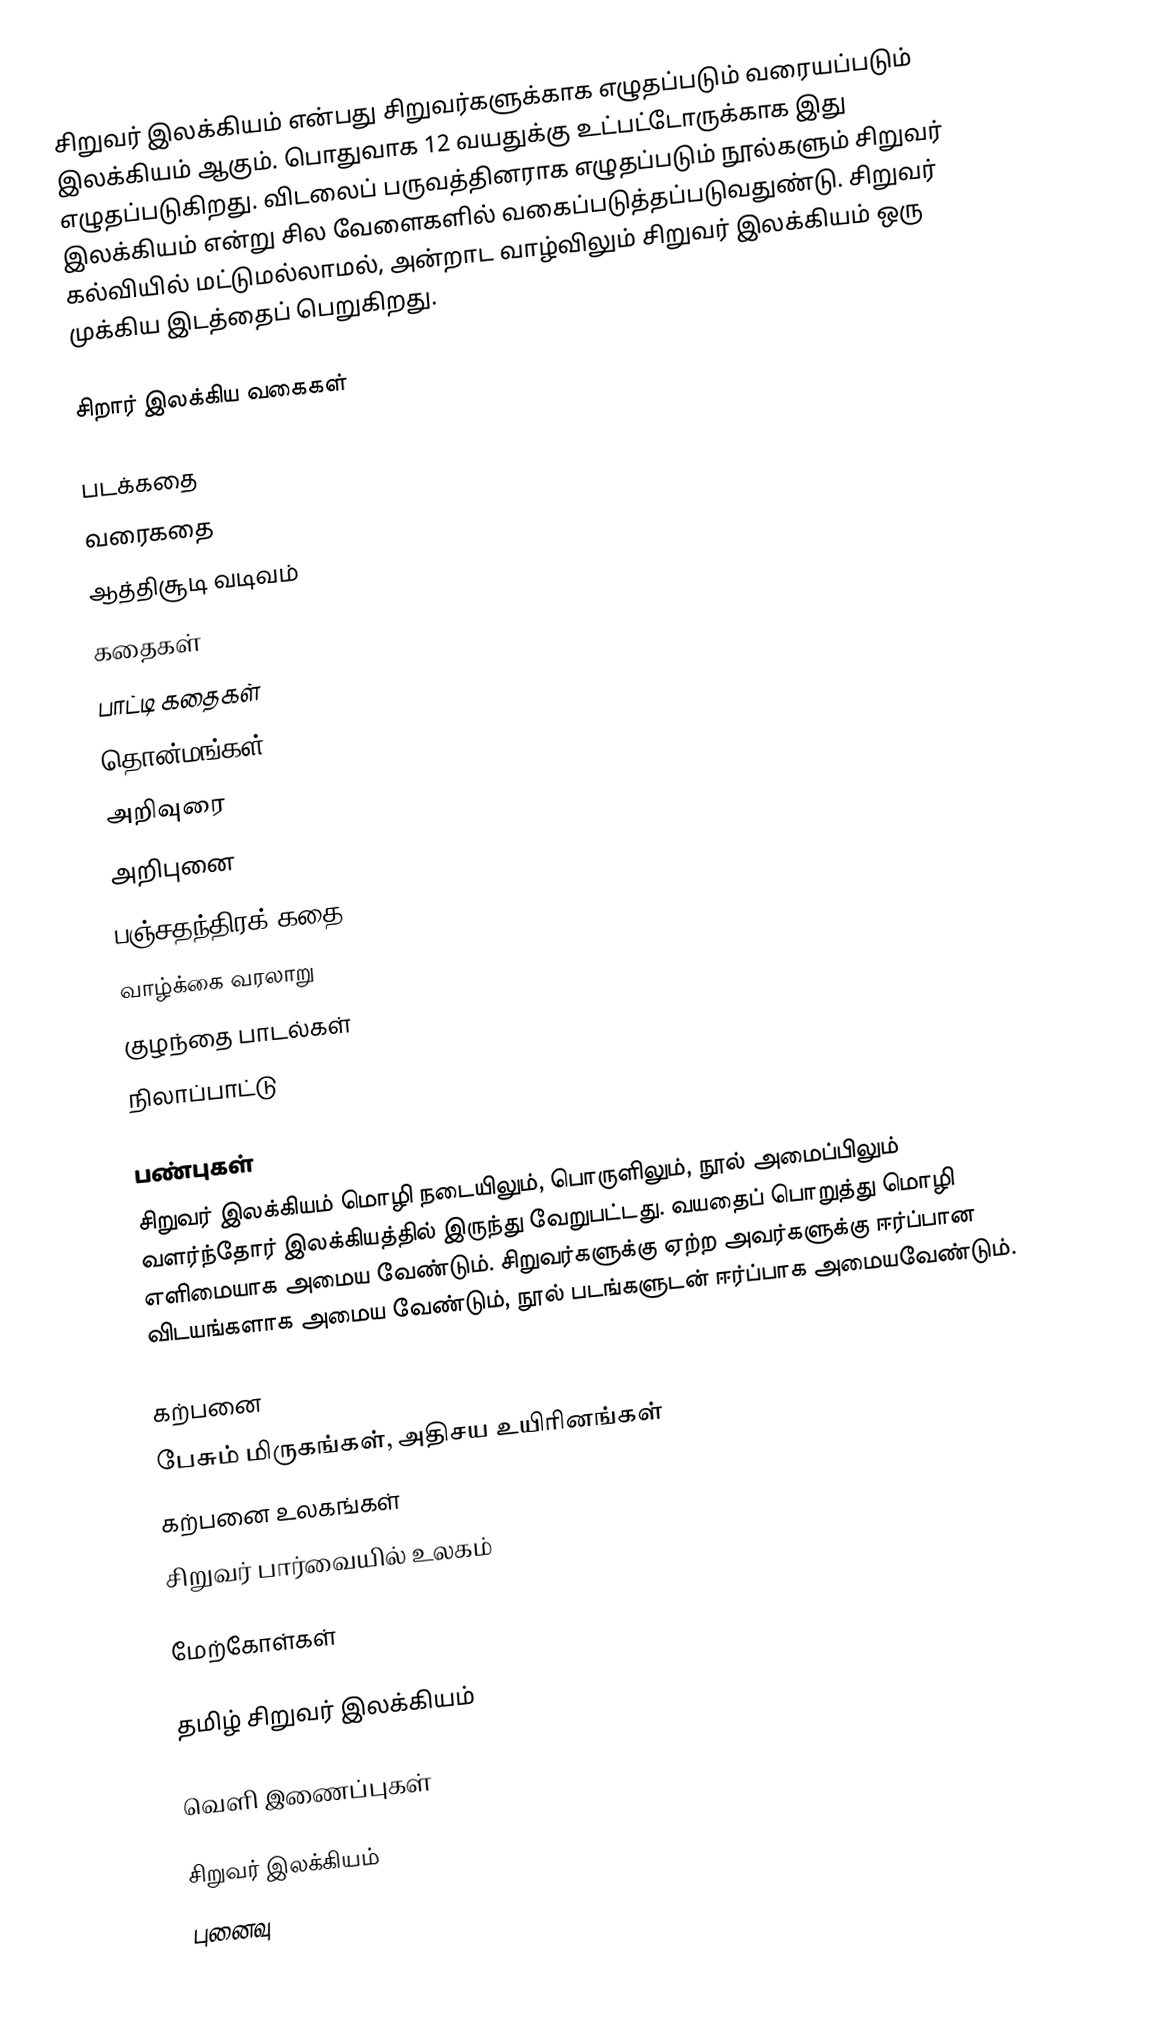
சிறுவர் இலக்கியம் என்பது சிறுவர்களுக்காக எழுதப்படும் வரையப்படும் இலக்கியம் ஆகும். பொதுவாக 12 வயதுக்கு உட்பட்டோருக்காக இது எழுதப்படுகிறது. விடலைப் பருவத்தினராக எழுதப்படும் நூல்களும் சிறுவர் இலக்கியம் என்று சில வேளைகளில் வகைப்படுத்தப்படுவதுண்டு. சிறுவர் கல்வியில் மட்டுமல்லாமல், அன்றாட வாழ்விலும் சிறுவர் இலக்கியம் ஒரு முக்கிய இடத்தைப் பெறுகிறது.

சிறார் இலக்கிய வகைகள்

 படக்கதை
 வரைகதை
 ஆத்திசூடி வடிவம்
 கதைகள்
 பாட்டி கதைகள்
 தொன்மங்கள்
 அறிவுரை
 அறிபுனை
 பஞ்சதந்திரக் கதை
 வாழ்க்கை வரலாறு
 குழந்தை பாடல்கள்
 நிலாப்பாட்டு

பண்புகள்
சிறுவர் இலக்கியம் மொழி நடையிலும், பொருளிலும், நூல் அமைப்பிலும் வளர்ந்தோர் இலக்கியத்தில் இருந்து வேறுபட்டது.  வயதைப் பொறுத்து மொழி எளிமையாக அமைய வேண்டும்.  சிறுவர்களுக்கு ஏற்ற அவர்களுக்கு ஈர்ப்பான விடயங்களாக அமைய வேண்டும், நூல்  படங்களுடன் ஈர்ப்பாக அமையவேண்டும்.

 கற்பனை
 பேசும் மிருகங்கள், அதிசய உயிரினங்கள்
 கற்பனை உலகங்கள்
 சிறுவர் பார்வையில் உலகம்

மேற்கோள்கள்

தமிழ் சிறுவர் இலக்கியம்

வெளி இணைப்புகள்

சிறுவர் இலக்கியம்
புனைவு